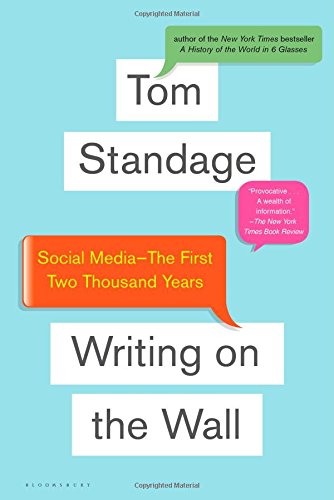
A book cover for Writing on the Wall: Social Media - The First 2,000 Years; Tom Standage; Computers & Technology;